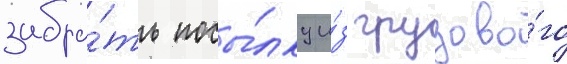
забра́ть посы́лку и́з грузово́го